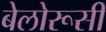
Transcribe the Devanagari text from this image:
बेलोरूसी